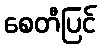
စေတီပြင်